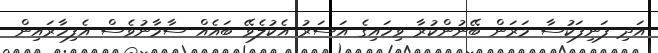
އަދި ފަނިފަކުސާ މަރަން ބޭނުންކުރާ ވިހައިގެ އަސަރު އެކުލެވޭ ބައެއް ސާމާނުވެސް އެފިހާރައިން